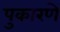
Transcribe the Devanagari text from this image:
पुकारणे